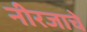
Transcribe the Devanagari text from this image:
नीरजाचे